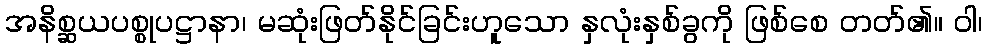
အနိစ္ဆယပစ္စုပဋ္ဌာနာ၊ မဆုံးဖြတ်နိုင်ခြင်းဟူသော နှလုံးနှစ်ခွကို ဖြစ်စေ တတ်၏။ ဝါ၊